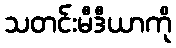
သတင်းမီဒီယာကို